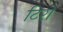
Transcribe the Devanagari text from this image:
टिरो